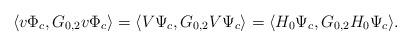
LaTeX: \begin{align*}\langle v\Phi_c, G_{0,2}v\Phi_c\rangle=\langle V\Psi_c, G_{0,2}V\Psi_c\rangle=\langle H_0\Psi_c, G_{0,2}H_0\Psi_c\rangle.\end{align*}